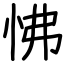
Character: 怫